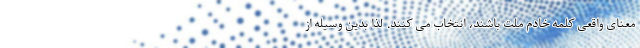
معنای واقعی کلمه خادم ملت باشند، انتخاب می کنند. لذا بدین وسیله از